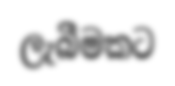
ලැබීමකට